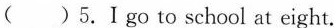
( )5.Ⅰgo to school at eight.